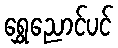
ရွှေညောင်ပင်